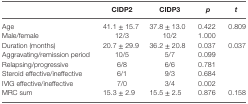
<table><thead><tr><td></td><td><b>CIDP2</b></td><td><b>CIDP3</b></td><td><b><i>p</i></b></td><td><b><i>t</i></b></td></tr></thead><tbody><tr><td>Age</td><td>41.1 ± 15.7</td><td>37.8 ± 13.0</td><td>0.422</td><td>0.809</td></tr><tr><td>Male/female</td><td>12/3</td><td>10/2</td><td>1.000</td><td></td></tr><tr><td>Duration (months)</td><td>20.7 ± 29.9</td><td>36.2 ± 20.8</td><td>0.037</td><td>0.037</td></tr><tr><td>Aggravating/remission period</td><td>10/5</td><td>5/7</td><td>0.099</td><td></td></tr><tr><td>Relapsing/progressive</td><td>6/8</td><td>6/6</td><td>0.781</td><td></td></tr><tr><td>Steroid effective/ineffective</td><td>6/1</td><td>9/3</td><td>0.684</td><td></td></tr><tr><td>IVIG effective/ineffective</td><td>7/0</td><td>3/4</td><td>0.002</td><td></td></tr><tr><td>MRC sum</td><td>15.3 ± 2.9</td><td>15.5 ± 2.5</td><td>0.876</td><td>0.158</td></tr></tbody></table>